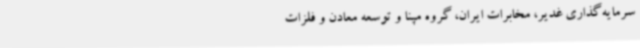
سرمایه‌گذاری غدیر، مخابرات ایران، گروه مپنا و توسعه معادن و فلزات